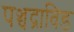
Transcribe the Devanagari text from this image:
पञ्चद्राविड